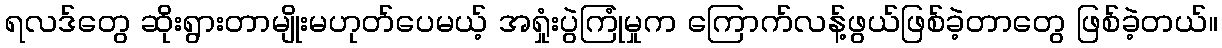
ရလဒ်တွေ ဆိုးရွားတာမျိုးမဟုတ်ပေမယ့် အရှုံးပွဲကြုံမှုက ကြောက်လန့်ဖွယ်ဖြစ်ခဲ့တာတွေ ဖြစ်ခဲ့တယ်။